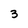
Character: 3